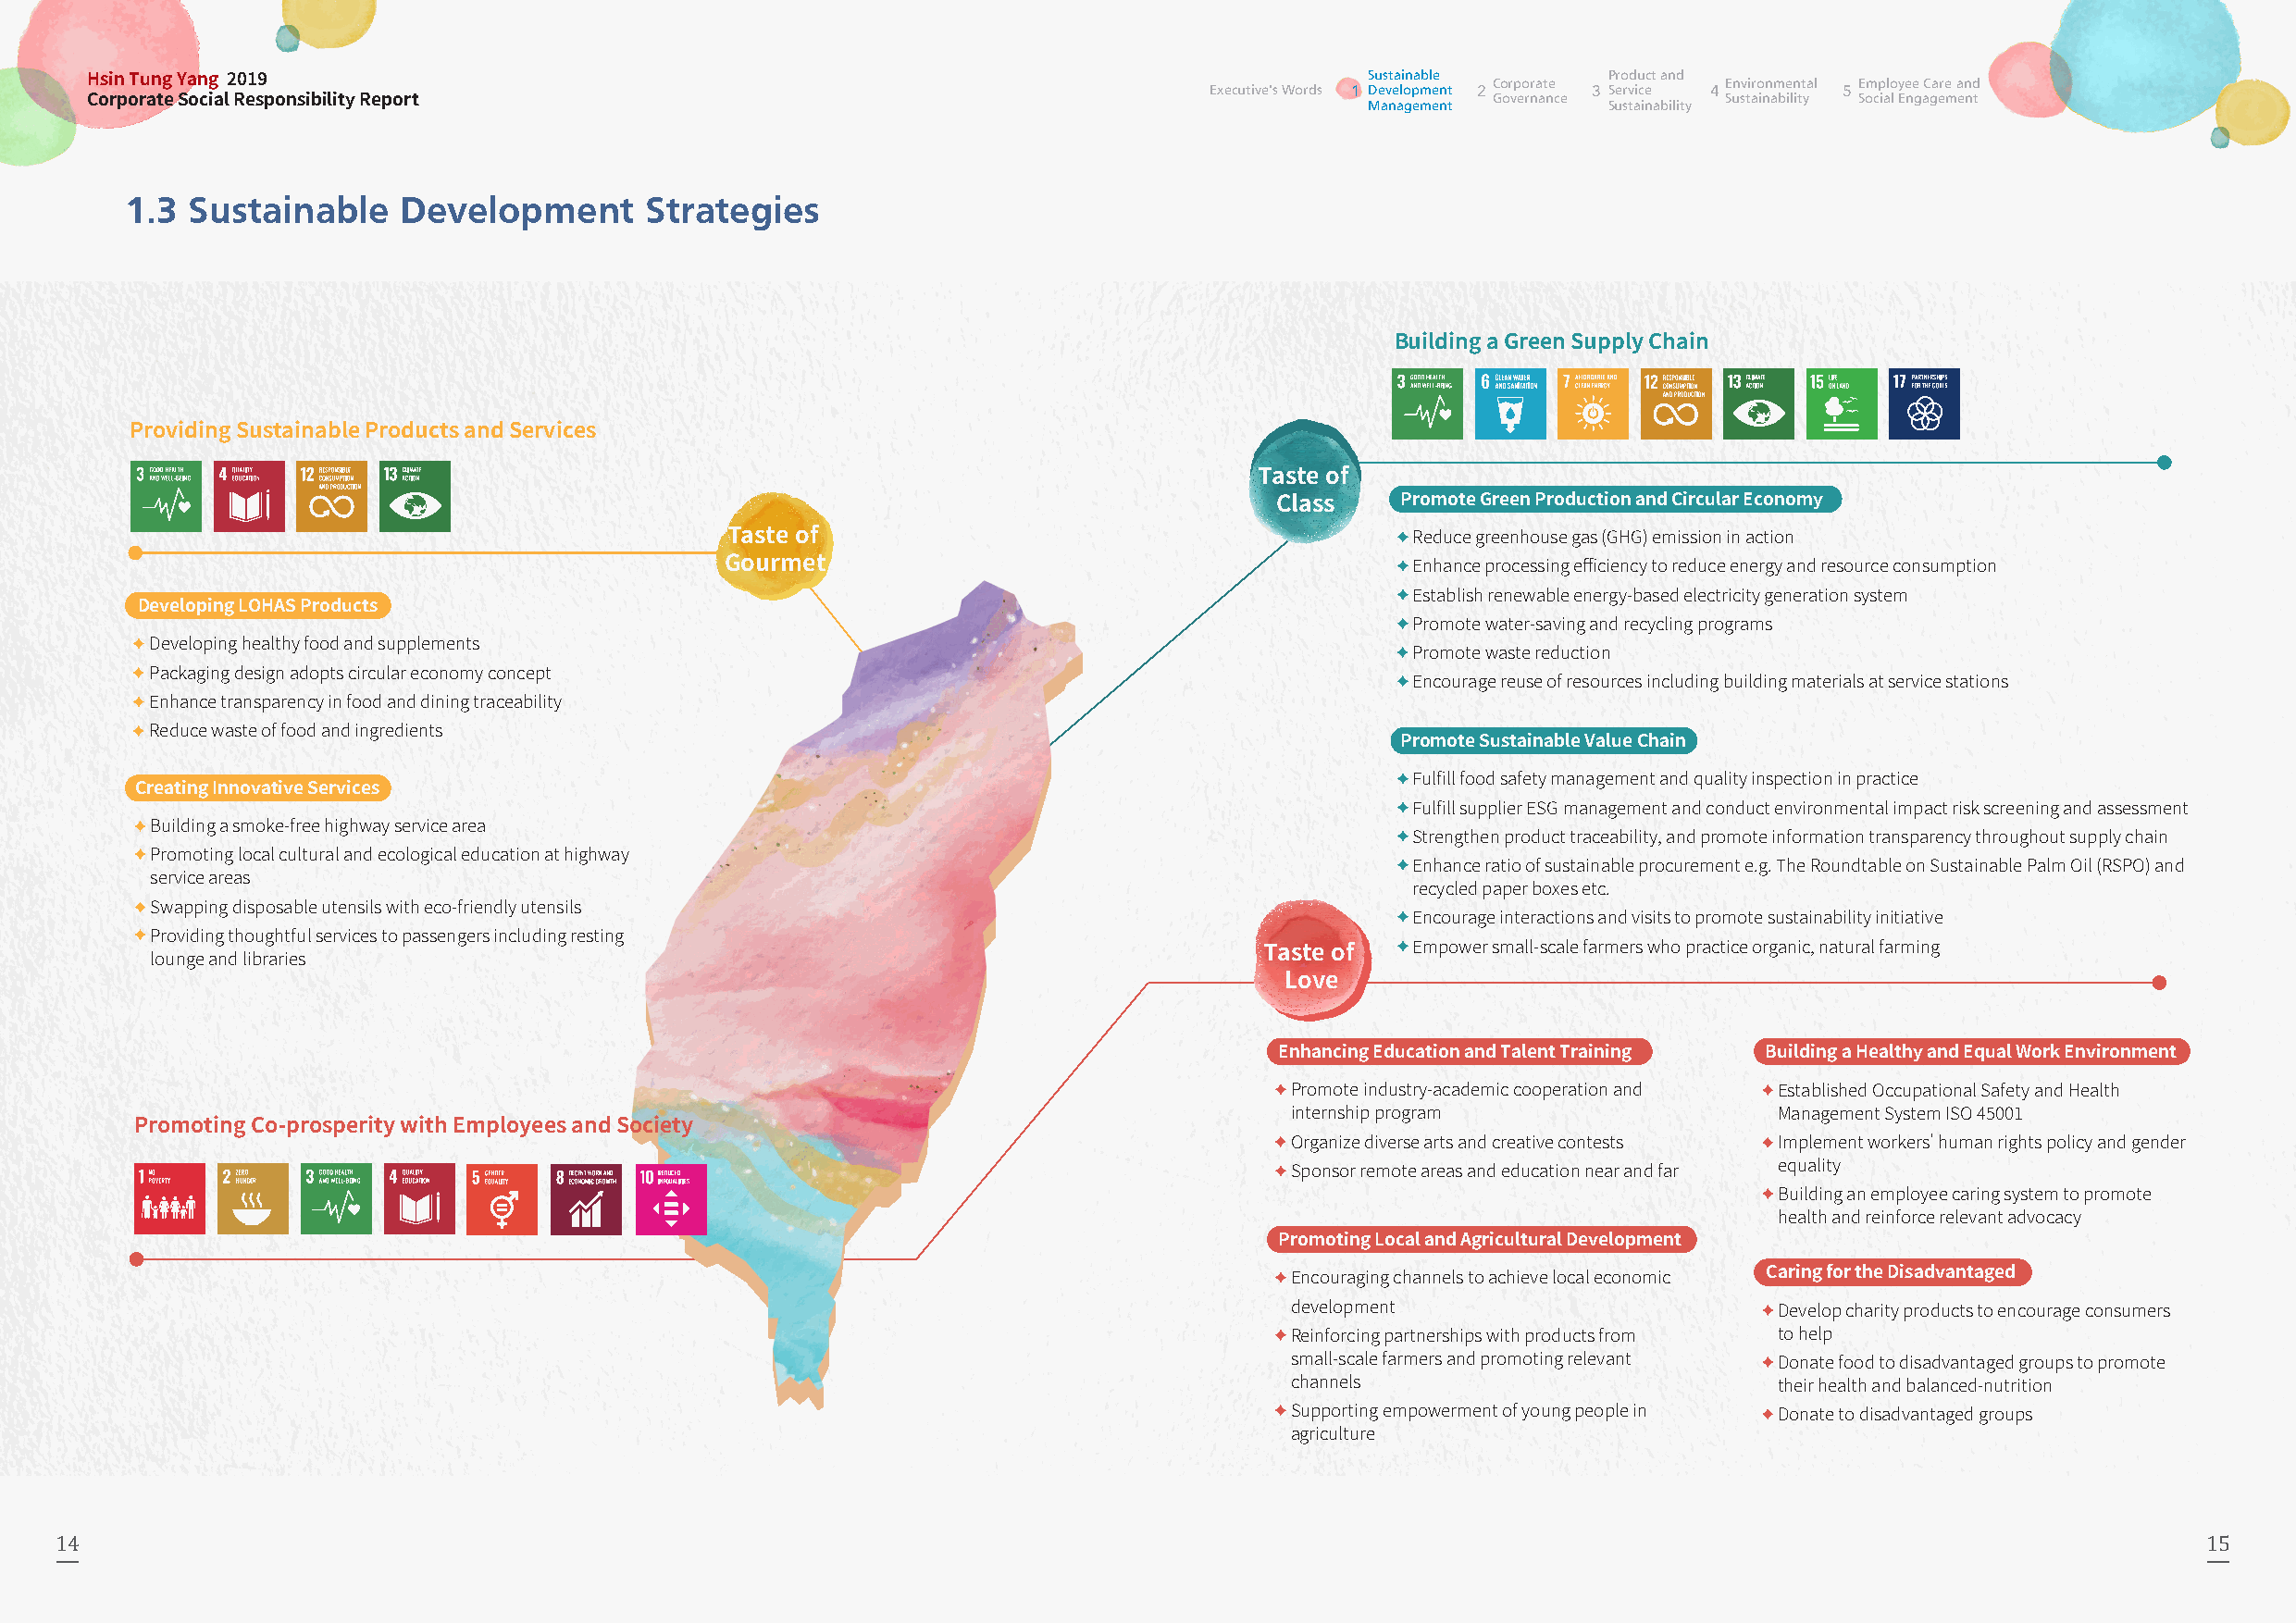
Sustainable      Product and
 Hsin Tung Yang 2019                                                                                  Corporate       Environmental Employee Care and
 Corporate Social Responsibility Report                                           Executive's Words 1 D Me av ne alo gp em me en nt t 22 Governance 3 S Se ur sv taic ie n ability 4 Sustainability 5 Social Engagement
 1.3 Sustainable     Development      Strategies
 Building a Green Supply Chain
 Providing Sustainable Products and Services
 Taste of
 Class    Promote Green Production and Circular Economy
 Taste of                                         Reduce greenhouse gas (GHG) emission in action
 Gourmet                                          Enhance processing efficiency to reduce energy and resource consumption
 Establish renewable energy-based electricity generation system
 Developing LOHAS Products
 Promote water-saving and recycling programs
 Developing healthy food and supplements
 Promote waste reduction
 Packaging design adopts circular economy concept
 Encourage reuse of resources including building materials at service stations
 Enhance transparency in food and dining traceability
 Reduce waste of food and ingredients
 Promote Sustainable Value Chain
 Fulfill food safety management and quality inspection in practice
 Creating Innovative Services
 Fulfill supplier ESG management and conduct environmental impact risk screening and assessment
 Building a smoke-free highway service area
 Strengthen product traceability, and promote information transparency throughout supply chain
 Promoting local cultural and ecological education at highway
 Enhance ratio of sustainable procurement e.g. The Roundtable on Sustainable Palm Oil (RSPO) and
 service areas
 recycled paper boxes etc.
 Swapping disposable utensils with eco-friendly utensils
 Encourage interactions and visits to promote sustainability initiative
 Providing thoughtful services to passengers including resting
 Taste of   Empower small-scale farmers who practice organic, natural farming
 lounge and libraries
 Love
 Enhancing Education and Talent Training Building a Healthy and Equal Work Environment
 Promote industry-academic cooperation and Established Occupational Safety and Health
 internship program                 Management System ISO 45001
 Promoting Co-prosperity with Employees and Society
 Organize diverse arts and creative contests Implement workers' human rights policy and gender
 Sponsor remote areas and education near and far equality
 Building an employee caring system to promote
 health and reinforce relevant advocacy
 Promoting Local and Agricultural Development
 Encouraging channels to achieve local economic Caring for the Disadvantaged
 development                        Develop charity products to encourage consumers
 Reinforcing partnerships with products from to help
 small-scale farmers and promoting relevant Donate food to disadvantaged groups to promote
 channels                           their health and balanced-nutrition
 Supporting empowerment of young people in Donate to disadvantaged groups
 agriculture
 14                                                                                                                                                        15